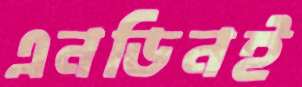
এনডিনই